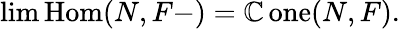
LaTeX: \operatorname*{lim}\operatorname{Hom}(N,F-)=\operatorname{\mathbb{C}one}(N,F).